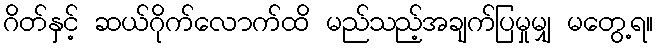
ဂိတ်နှင့် ဆယ်ဂိုက်လောက်ထိ မည်သည့်အချက်ပြမှုမျှ မတွေ့ရ။